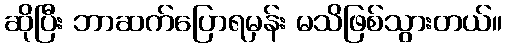
ဆိုပြီး ဘာဆက်ပြောရမှန်း မသိဖြစ်သွားတယ်။